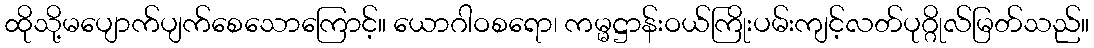
ထိုသို့မပျောက်ပျက်စေသောကြောင့်။ ယောဂါဝစရော၊ ကမ္မဋ္ဌာန်းဝယ်ကြိုးပမ်းကျင့်လတ်ပုဂ္ဂိုလ်မြတ်သည်။